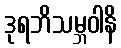
ဒုရဘိသမ္ဘဝါနိ